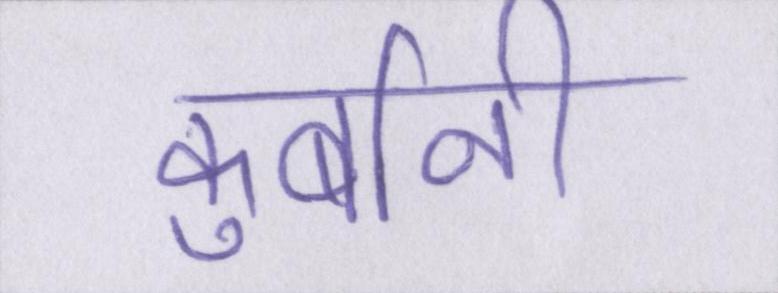
कुर्बानी